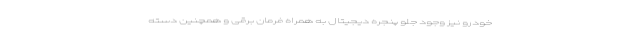
خودرو نیز وجود جلو پنجره دیجیتال به همراه فرمان برقی و همچنین دسته